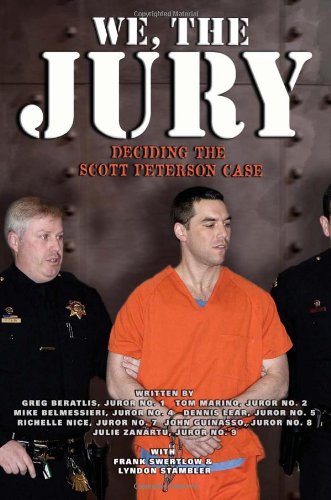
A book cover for We, the Jury: Deciding the Scott Peterson Case; Greg Beratlis; Law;